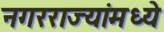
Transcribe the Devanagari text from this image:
नगरराज्यांमध्ये